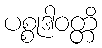
ပစ္စုဒါဝတ္တိ